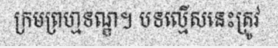
ក្រមព្រហ្មទណ្ឌ។ បទល្មើសនេះត្រូវ